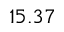
1 5 . 3 7